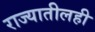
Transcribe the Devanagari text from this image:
राज्यातीलही